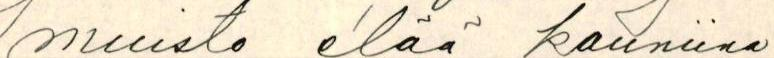
muisto elää kauniina